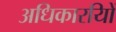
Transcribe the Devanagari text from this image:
अधिकारयिों